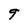
Character: 9